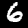
Digit: 6